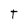
Character: T